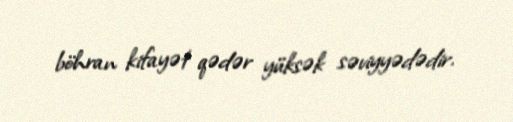
böhran kifayət qədər yüksək səviyyədədir.